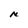
Character: N